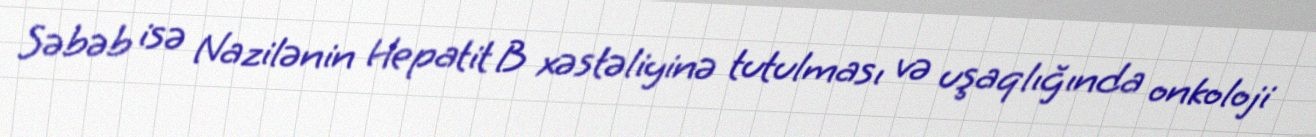
Səbəb isə Nazilənin Hepatit B xəstəliyinə tutulması və uşaqlığında onkoloji